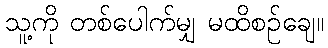
သူ့ကို တစ်ပေါက်မျှ မထိစဉ်ချေ။